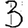
Digit: 3